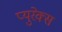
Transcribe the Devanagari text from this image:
प्युरेक्स